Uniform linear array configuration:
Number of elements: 32
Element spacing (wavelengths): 0.5
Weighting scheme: uniform
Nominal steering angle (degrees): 0
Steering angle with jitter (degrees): -0.8843
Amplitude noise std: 0.05
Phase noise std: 0.05

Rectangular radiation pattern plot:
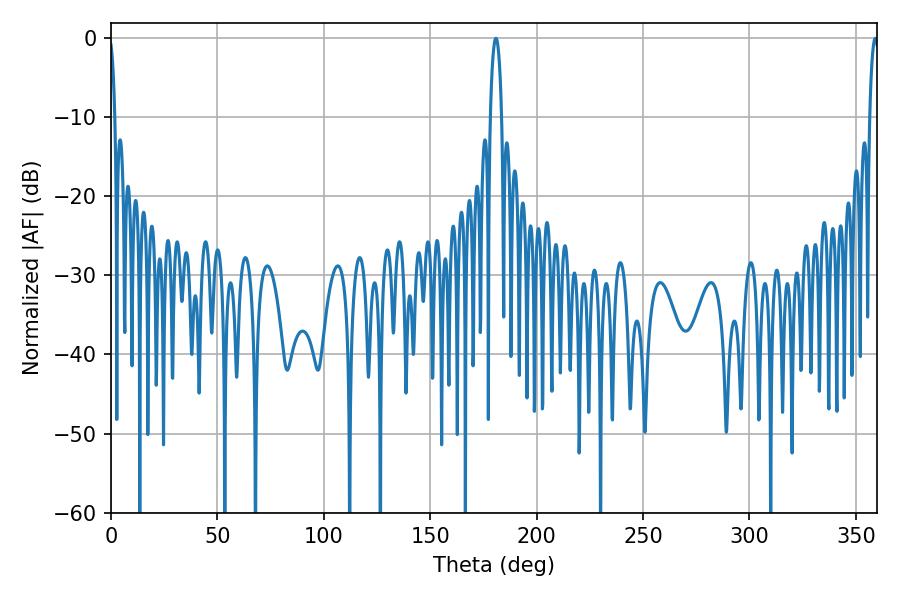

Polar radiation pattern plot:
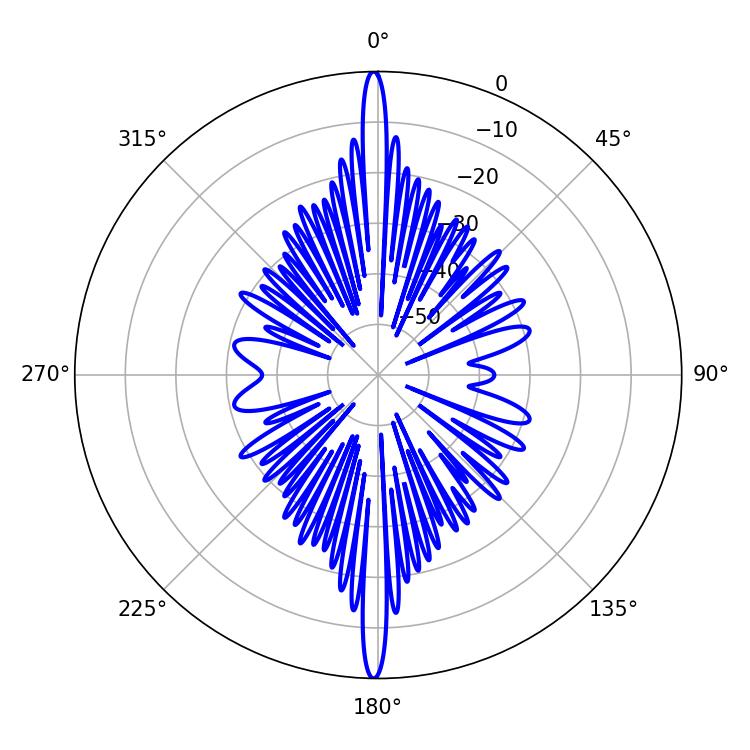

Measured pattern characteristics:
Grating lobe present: FALSE
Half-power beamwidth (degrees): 2.34
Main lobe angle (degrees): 359.1